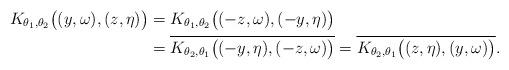
LaTeX: \begin{align*} K_{\theta_1,\theta_2}\bigl((y,\omega),(z,\eta)\bigr) & = K_{\theta_1,\theta_2}\bigl((-z,\omega),(-y,\eta)\bigr) \\ & = \overline{K_{\theta_2,\theta_1}\bigl((-y,\eta),(-z,\omega)\bigr)} = \overline{K_{\theta_2,\theta_1}\bigl((z,\eta),(y,\omega)\bigr)}. \end{align*}